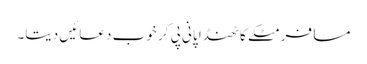
مسافر مٹکے کا ٹھنڈا پانی پی کر خوب دعائیں دیتا۔